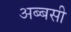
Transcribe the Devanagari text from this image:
अब्बसी